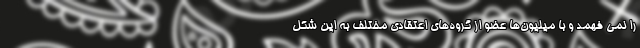
را نمی فهمد و با میلیون‌ها عضو از گروه‌های اعتقادی مختلف به این شکل